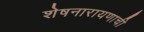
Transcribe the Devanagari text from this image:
शेषनारायणाची